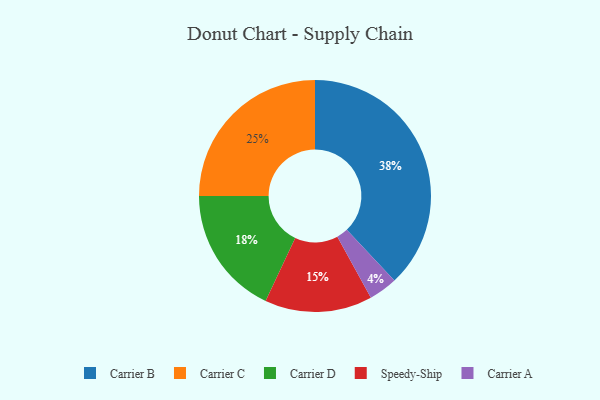
{"axis": {"x": "Category", "y": "Percentage"}, "legend": ["Carrier A", "Carrier B", "Carrier C", "Carrier D", "Speedy-Ship"], "data": [{"x": "Carrier C", "y": 25, "type": "Carrier C"}, {"x": "Carrier B", "y": 38, "type": "Carrier B"}, {"x": "Speedy-Ship", "y": 15, "type": "Speedy-Ship"}, {"x": "Carrier D", "y": 18, "type": "Carrier D"}, {"x": "Carrier A", "y": 4, "type": "Carrier A"}]}